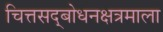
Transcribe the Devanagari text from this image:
चित्तसद्बोधनक्षत्रमाला